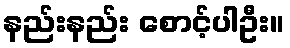
နည်းနည်း စောင့်ပါဦး။